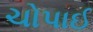
ચોપાઈ